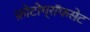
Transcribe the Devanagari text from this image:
फ़ोटोग्रॉफसेट